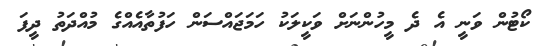
ކޯޓުން ވަނީ އެ ދެ މީހުންނަށް ވަކީލަކު ހަމަޖައްސަން ހަފުތާއެއްގެ މުއްދަތު ދީފަ